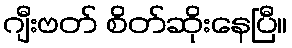
ဂျီးဗတ် စိတ်ဆိုးနေပြီ။